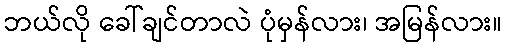
ဘယ်လို ခေါ်ချင်တာလဲ ပုံမှန်လား၊ အမြန်လား။